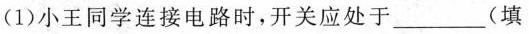
(1)小王同学连接电路时，开关应处于___(填